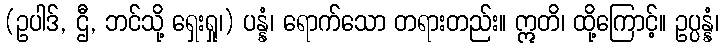
(ဥပါဒ်, ဌီ, ဘင်သို့ ရှေးရှု၊) ပန္နံ၊ ရောက်သော တရားတည်း။ ဣတိ၊ ထို့ကြောင့်။ ဥပ္ပန္နံ၊